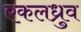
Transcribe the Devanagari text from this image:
एकलध्रुव